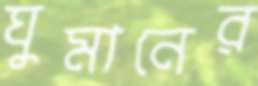
ঘুমানের